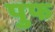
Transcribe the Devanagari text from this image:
पुफ